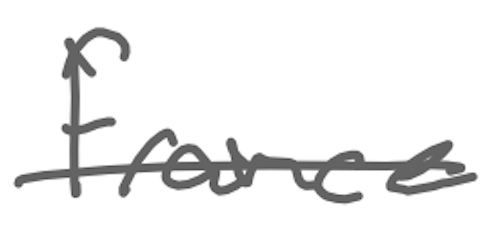
Text: France
Cross-out: single-line
Writing tool: digital_gray